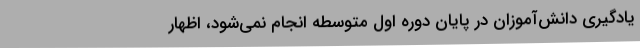
یادگیری دانش‌آموزان در پایان دوره اول متوسطه انجام نمی‌شود، اظهار